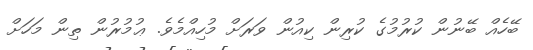
ބޭހެއް ބޭނުން ކުރުމުގެ ކުރިން ކިއުން ވަރަށް މުހިއްމެވެ. ޢުމުރުން ތިން މަހަށް